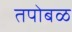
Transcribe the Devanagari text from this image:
तपोबळ